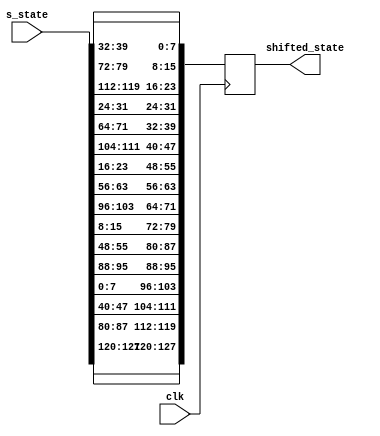
`timescale 1ns / 1ps
//rows are left-shifting as follow:
//row0: not shift
//row1: 1 unit
//row2: 2 units
//row3: 3 units
/////////////////////////////////////
module shift_row(clk,s_state,shifted_state);

input clk;
input [0:127] s_state;
output reg [0:127] shifted_state;

always @(posedge clk)
 begin
	//Column0
	shifted_state[0:7] = s_state[0:7];//Row0
	shifted_state[8:15] = s_state[40:47];//Row1
	shifted_state[16:23] = s_state[80:87];//Row2
	shifted_state[24:31] = s_state[120:127];//Row3
	//Column1
	shifted_state[32:39] = s_state[32:39];//Row0
	shifted_state[40:47] = s_state[72:79];//Row1
	shifted_state[48:55] = s_state[112:119];//Row2
	shifted_state[56:63] = s_state[24:31];//Row3
	//Column2
	shifted_state[64:71] = s_state[64:71];//Row0
	shifted_state[72:79] = s_state[104:111];//Row1
	shifted_state[80:87] = s_state[16:23];//Row2
	shifted_state[88:95] = s_state[56:63];//Row3
	//Column3
	shifted_state[96:103] = s_state[96:103];//Row0
	shifted_state[104:111] = s_state[8:15];//Row1
	shifted_state[112:119] = s_state[48:55];//Row2
	shifted_state[120:127] = s_state[88:95];//Row3

 end
endmodule